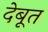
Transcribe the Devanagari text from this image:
देबूत